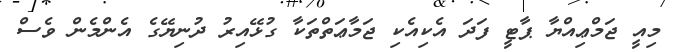
މިއީ ޖަމްޢިއްޔާ ޕާޓީ ފަދަ އެކިއެކި ޖަމާޢަތްތަކާ ގުޅޭއިރު ދުނިޔޭގެ އެންމެން ވެސް